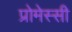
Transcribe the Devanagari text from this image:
प्रोमेस्सी